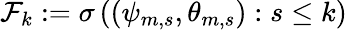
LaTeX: {\cal F}_{k}:=\sigma\left((\psi_{m,s},\theta_{m,s}):s\le k\right)